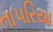
તાપરિયા